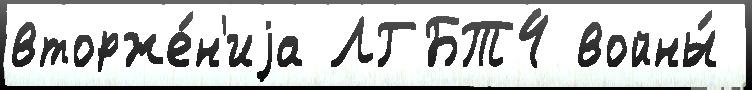
вторже́н'иjа ЛГБТ4 войны́